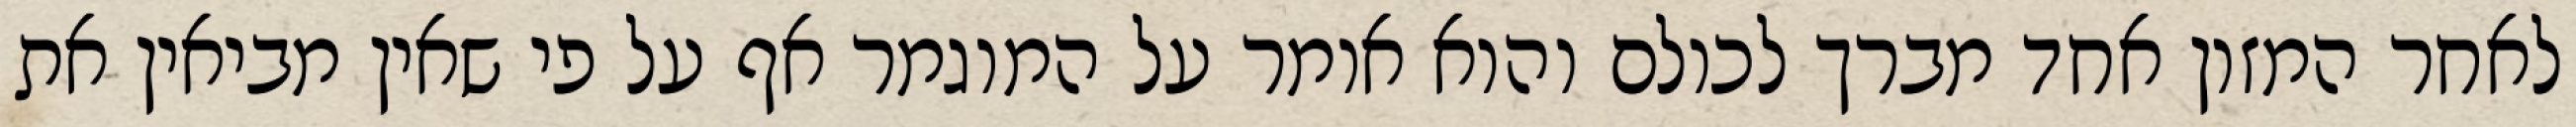
לאחר המזון אחד מברך לכולם והוא אומר על המוגמר אף על פי שאין מביאין את